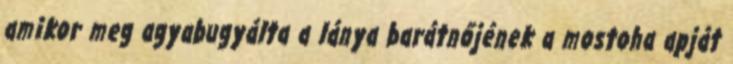
amikor meg agyabugyálta a lánya barátnőjének a mostoha apját